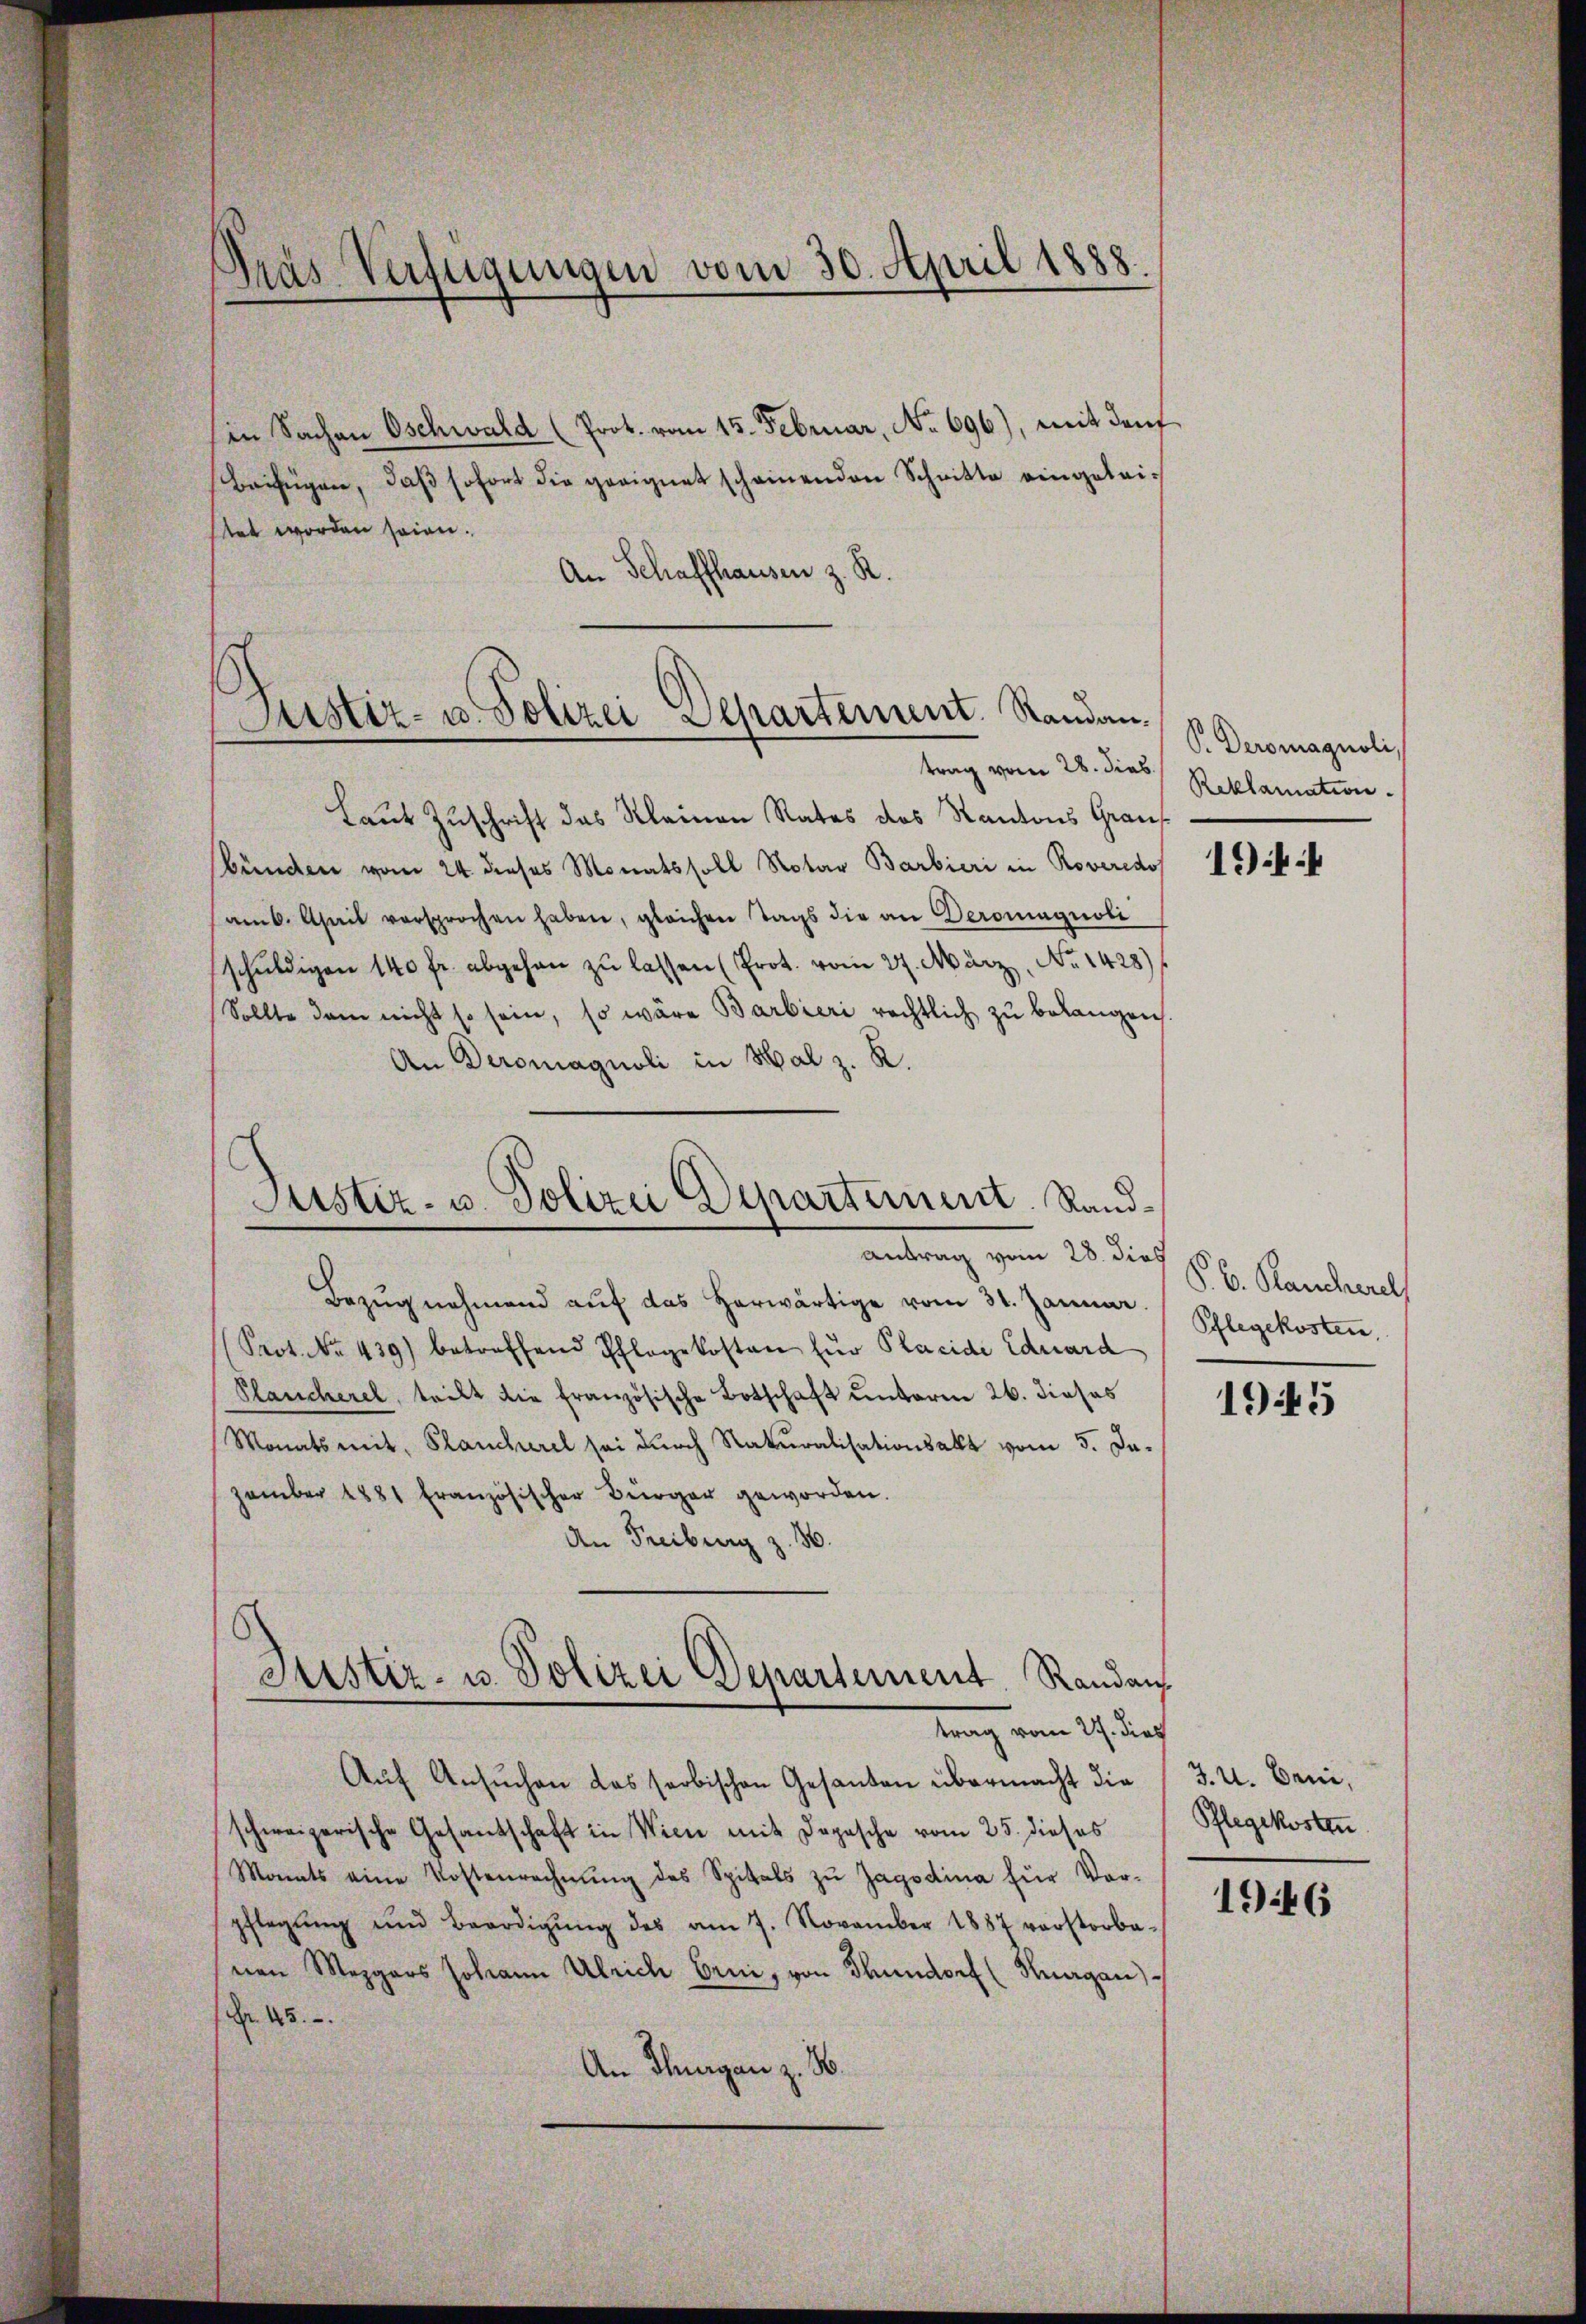
Gras Verfügungen vom 30. April 1888.

in Sachen Oschwald (Prot. vom 15. Februar, No 696), mit den
Beifügen, daβ sofort die geeignet scheinenden Schritte eingeleistet worden sein.
An Schaffhausen z. R.

Justiz- u. Polizei Separtement. Randan¬

Laut Zuschrift das Kleinen Rates das Kantons Graus
bünden vom 24. dieses Monats soll Notar Barbieri in Roveredo
amb. Ahait versprochen haben, gleichen Tags die an Deroniagnoli
schŭldigen 140 fr. abgehen zŭ lassen (Prot. vom 27. März, No 1428)
Sollte dem nicht so sein, so wäre Barbieri rechtlich zu belangen.
An Deromagnoli in Halz. R.

Justiz- u. Polizei Departement. Randantrag vom 28. dies H. E. Standel,

Bezŭgnehmend aŭf das herwärtige vom 31. Januar.
Prot. No. 439) betreffend Pflegekosten für Placide Eduard
Plancherel, teilt die französische Botschaft unterm 26. dieses
Monats mit, Plancherel sei durch Naturalisationsakt vom 5. Dazember 1881 französischer Bürger geworden.
An Freiburg z. B.
Aŭf Ansŭchen das serbischen Gesanden übermacht die 3. u. Bern,
schweizerische Gesandschaft in Wien mit Depesche vom 25. dieses
Monats eine Kostenrechnŭng des Spitals zŭ Jagodina für Vor-
pflegŭng und Beerdigŭng des am 7. November 1887 vorstorbe-
nen Mezgers Johann Ulrich Erni, von Thundorf (Thurgau)
Nr. 45.
An Thurgau z. B.

Justiz- u. Polizei Departement. Randan
trag vom 27. dies

P. Deromagnoli,
trag vom 28. dies Reklamation

1944

Pflegekosten.

1945

Pflegekosten

1946